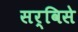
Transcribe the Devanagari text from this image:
सर्विसे